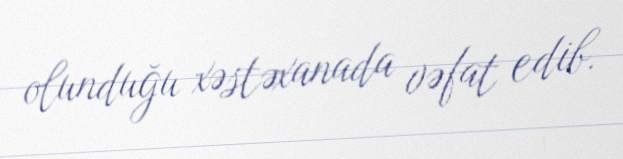
olunduğu xəstəxanada vəfat edib.